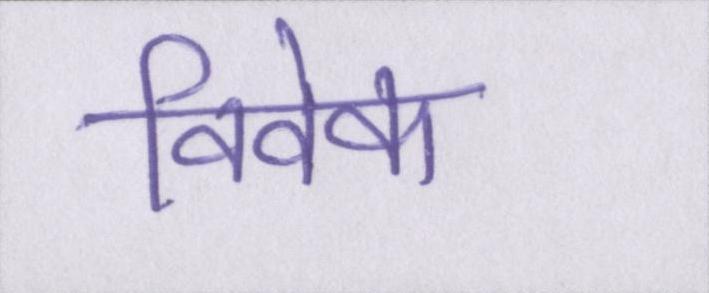
विवेक